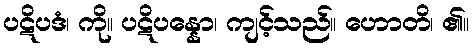
ပဋိပဒံ၊ ကို။ ပဋိပန္နော၊ ကျင့်သည်။ ဟောတိ၊ ၏။